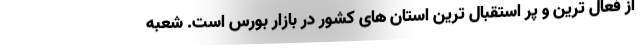
از فعال ترین و پر استقبال ترین استان های کشور در بازار بورس است. شعبه